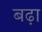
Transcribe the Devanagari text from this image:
बढ़़ा